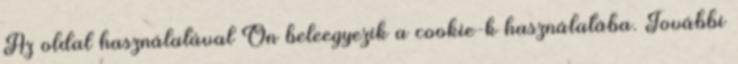
Az oldal használatával Ön beleegyezik a cookie-k használatába. További